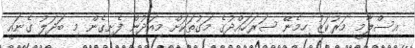
އިސްލާމީ މަރުކަޒު ހިމެނޭ ސަރަަހައްދުގެ މަގުތަކަށް މިއަދުން ފެށިގެން މި ބަދަލު ގެނައީ